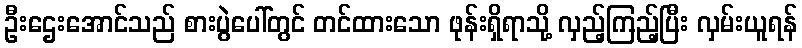
ဦးဌေးအောင်သည် စားပွဲပေါ်တွင် တင်ထားသော ဖုန်းရှိရာသို့ လှည့်ကြည့်ပြီး လှမ်းယူရန်